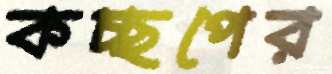
কচ্ছপের